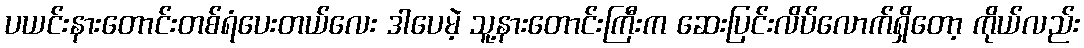
ပယင်းနားတောင်းတစ်ရံပေးတယ်လေး ဒါပေမဲ့ သူ့နားတောင်းကြီးက ဆေးပြင်းလိပ်လောက်ရှိတော့ ကိုယ်လည်း